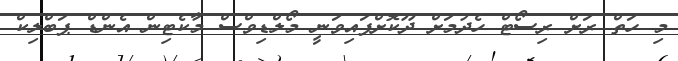
މި ހަތް ރަށް ރިސޯޓް ހެދުމަށް ދޫކޮށްފައިވަނީ މޯލްޑިވްސް މާކެޓިން އެންޑް ޕަބްލިކް